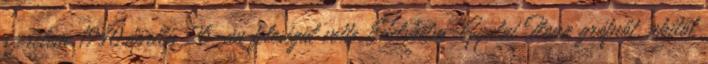
szerelem 1940.április 26-án feleségül vette Edelsheim-Gyulai Ilona grófnőt, akitől